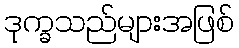
ဒုက္ခသည်များအဖြစ်